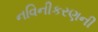
નવિનીકરણની